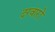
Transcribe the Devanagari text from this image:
दरवारों